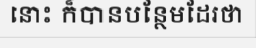
នោះ ក៏បានបន្ថែមដែរថា